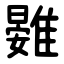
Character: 䨃